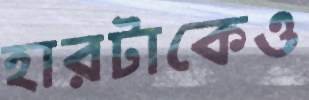
হারটাকেও